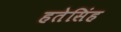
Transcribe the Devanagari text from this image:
हतेसिंह